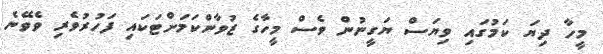
މީހާ ދިޔަ ކަމުގައި ވިޔަސް ޔަގީނުން ވެސް މީހާގެ ޒުވާންކަމަށްޓަކައި ފަހުރުވެރި ވެވޭނެ